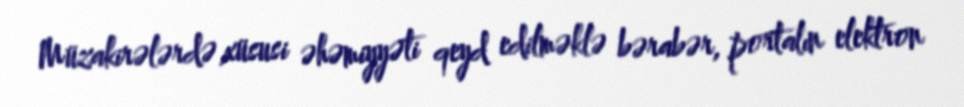
Müzakirələrdə xüsusi əhəmiyyəti qeyd edilməklə bərabər, portalın elektron